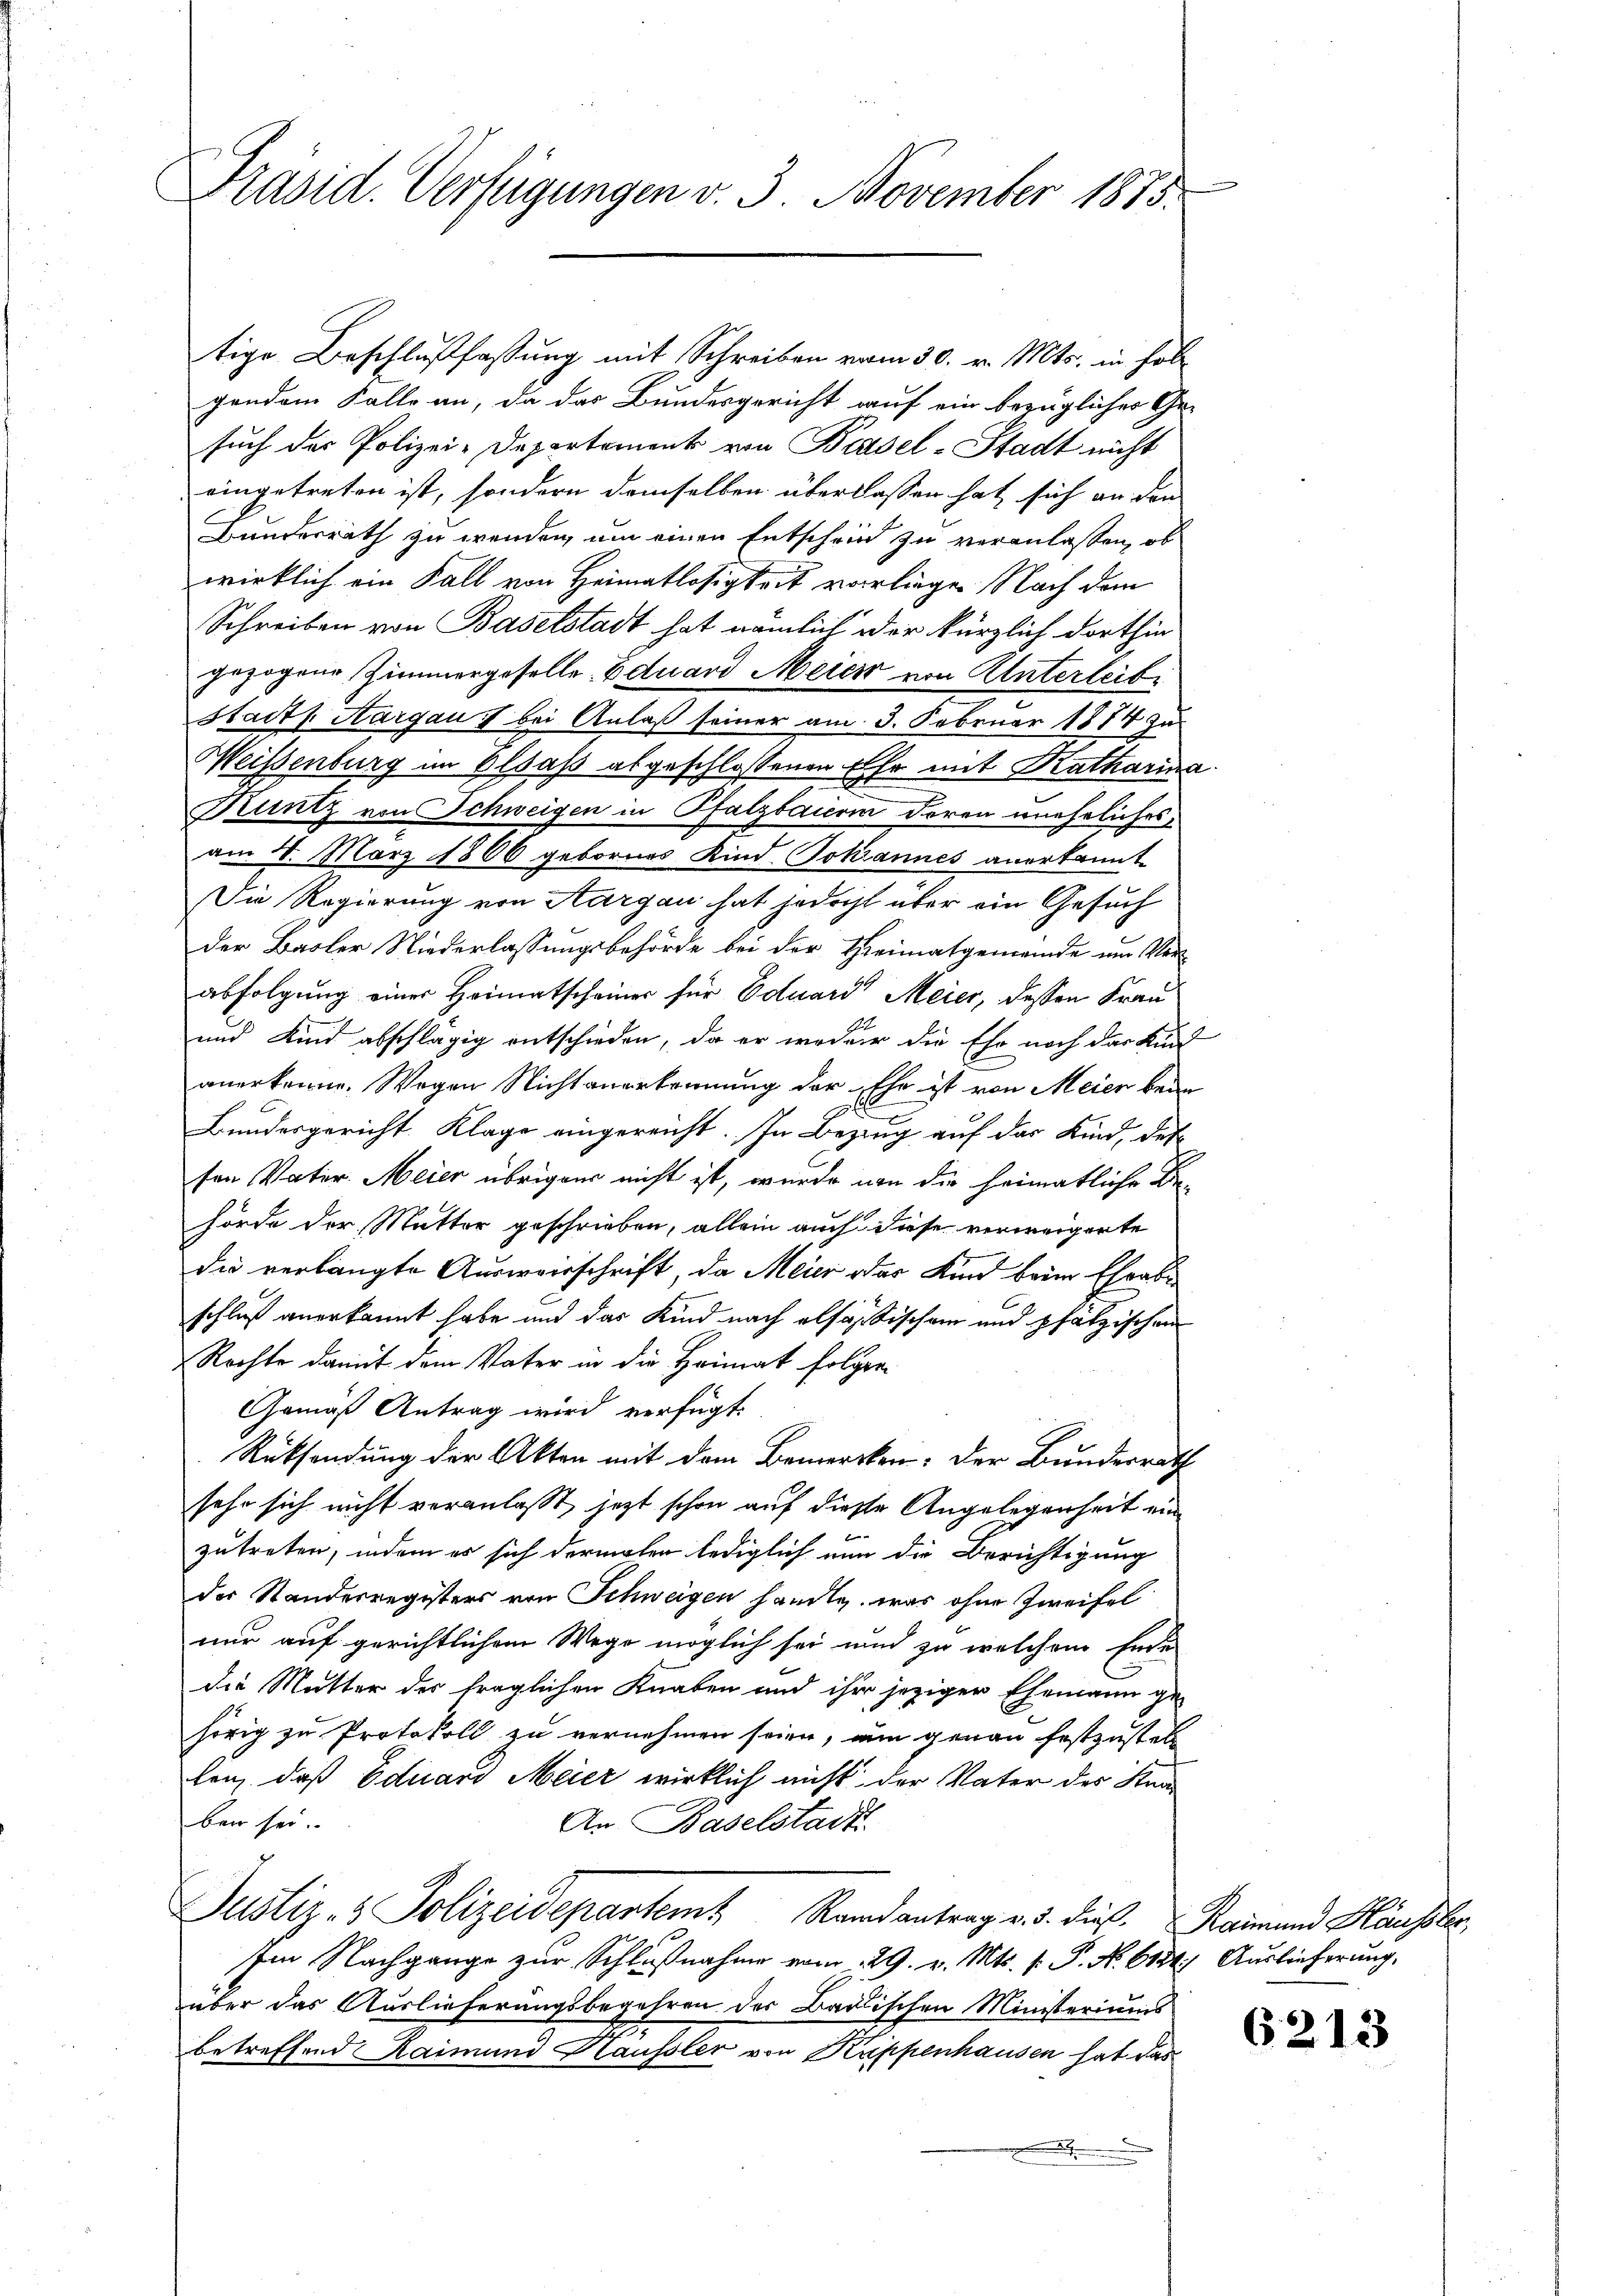
Präsid. Verfügungen v. 3. November 1875.

tige Beschlußfassung mit Schreiben vom 30. v. Mts. in Folgendem Falle an, da das Bundesgericht auf ein bezüglicher Ge-
such der Polizei-Departement von Basel-Stadt nicht
eingetreten ist, sondern demselben überlassen hat sich an den
Bundesrath zu wenden, um einen Entschein zu veranlassen, ob
wirklich ein Fall von Heimatlosigkeit vorliegen Nach dem
Schreiben von Baselstadt hat nämlich der kürzlich dorthin
gezogene Zimmergeselle Eduard Meier von Unterleibe
Stadts. Aargau 7 bei Anlaß seiner am 3. Februar 1884 zu
Weisenburg im Elsass abgeschlossenen Ehr mit Katharina
Kuntz von Schweigen in Pfalzbaierin deren uneheliches
am 4. März 1866 gebornes Kind Jokiannes anerkannt
Die Regierung von Aargau hat jedocht über ein Gesuch
der Basler Niederlassungsbehörde bei der Heimatgemwinde um Verabfolgung einer Heimatscheiner für Eduard Meier, dessen Frau
und Kind abschlägig entschieden, da er weder die Ehr noch das Kind
anerkenne. Wegen Nichtanerkennung der Ehe ist von Meier beim
Bundesgericht Klage eingereicht. In Bezug auf das Kind, det
sen Vater Meier übrigen nicht ist, wurde von die heimatliche Be-
hörde der Mutter geschrieben, allein auch diese verweigerte
die verlangte Ausweisschrift, da Meier oder Kind beim Eheab
schluß anerkannt habe und das Kind nach also Tischen und pfälzischen
Rechte damit dem Vater in die Heimat folgen
Gemäß Antrag wird verfügt:
Rücksendung der Akten mit dem Bemercken: Der Bundesrath
sehr sich nicht veranlaßt, jetzt schon auf diese Angelegenheit ein
zutreten, indem er sich dermalen lediglich nun die Berichtigung
der Standesregisters von Schweigen handte, was ohne Zweifel
nur auf gerichtlichem Wege möglich sei und zu welchem Ende
die Mutter der fraglichen Knaben und ihr jeziger Ehemann ge-
hörig zu Protokoll zu vernehmen seien, am genau festzustell
len, daß Eduard Meier wirklich nicht der Vater des Stra
ben sei.
An Baselstadt
Justiz- & Polizeidepartem Randantrag v. d. dieß. Reinand Häusle
Im Nachgange zur Schlußnahme vom 29. v. Mts. f. P. Nr. 6131) Auslieferung,
über das Auslieferungsbegehren des Badischen Ministeriums
betreffend Raimund Haussler von Kappenhausen hat das

6213